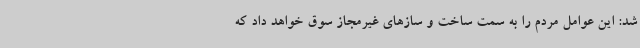
شد: این عوامل مردم را به سمت ساخت و سازهای غیرمجاز سوق خواهد داد که